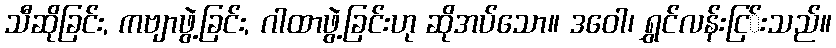
သီဆိုခြင်း, ကဗျာဖွဲ့ခြင်း, ဂါထာဖွဲ့ခြင်းဟု ဆိုအပ်သော။ ဒဝေါ၊ ရွှင်လန်းငြ်းသည်။